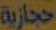
حجازية